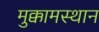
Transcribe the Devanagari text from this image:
मुक्कामस्थान